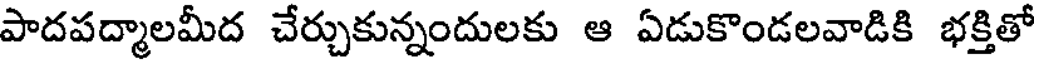
పాదపద్మాలమీద చేర్చుకున్నందులకు ఆ ఏడుకొండలవాడికి భక్తితో